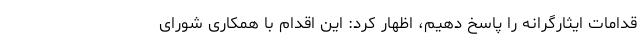
قدامات ایثارگرانه را پاسخ دهیم، اظهار کرد: این اقدام با همکاری شورای